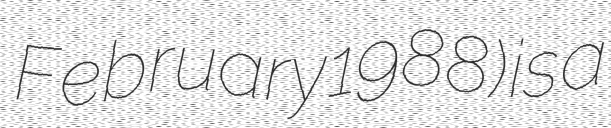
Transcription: February 1988) is a